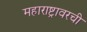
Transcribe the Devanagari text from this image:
महाराष्ट्रावरची